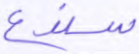
سندع